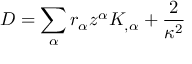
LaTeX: D = \sum _ { \alpha } r _ { \alpha } z ^ { \alpha } K _ { , \alpha } + \frac { 2 } { \kappa ^ { 2 } }